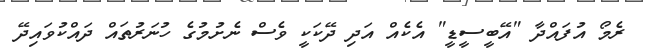
ރެމޯ އުފައްދާ "އޭބީސީޑީ" އެކެއް އަދި ދޭކަކީ ވެސް ނެށުމުގެ ހުނަރުތައް ދައްކުވައިދޭ